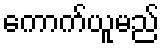
ကောက်ယူမည်